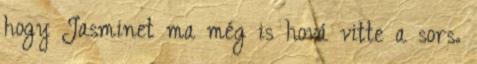
hogy Jasminet ma még is hová vitte a sors.